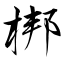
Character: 梆